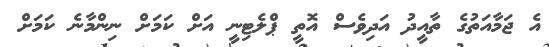
އެ ޖަމާއަތުގެ ތާއީދު އަދިވެސް އޮތީ ޕްލެޓިނީ އަށް ކަމަށް ނިންމާނެ ކަމަށް